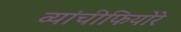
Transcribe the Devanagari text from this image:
व्यांचीफियोरे